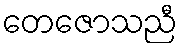
တေဇောသညီ